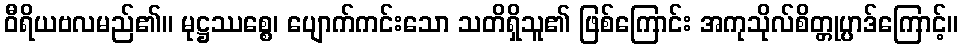
ဝီရိယဗလမည်၏။ မုဋ္ဌဿစ္စေ၊ ပျောက်ကင်းသော သတိရှိသူ၏ ဖြစ်ကြောင်း အကုသိုလ်စိတ္တုပ္ပာဒ်ကြောင့်။